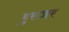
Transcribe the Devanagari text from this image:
हुस्ज़र